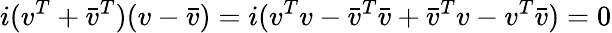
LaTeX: i(v^{T}+{\bar{v}}^{T})(v-{\bar{v}})=i(v^{T}v-{\bar{v}}^{T}{\bar{v}}+{\bar{v}}^{T}v-v^{T}{\bar{v}})=0